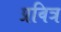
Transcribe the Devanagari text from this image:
प्रवित्र